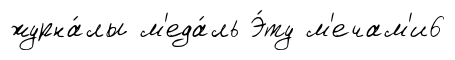
журна́лы м'еда́ль Э́ту м'ечам'и6